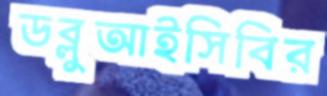
ডব্লুআইসিবির